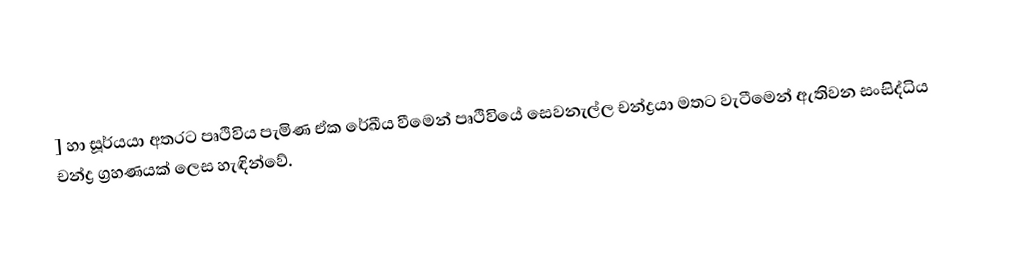
] හා සූර්යයා අතරට පෘථිවිය පැමිණ ඒක රේඛීය වීමෙන් පෘථිවියේ සෙවනැල්ල චන්ද්‍රයා මතට වැටීමෙන් ඇතිවන සංසිද්ධිය චන්ද්‍ර ග්‍රහණයක් ලෙස හැඳින්වේ.